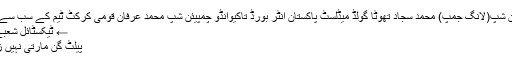
انٹر بورڈ اتھلیٹک چیمپیئن شپ(لانگ جمپ) محمد سجاد تھوٹا گولڈ میڈلسٹ پاکستان انٹر بورڈ تاکیوانڈو چمپیئن شپ محمد عرفان قومی کرکٹ ٹیم کے سب سے طویل القامت کھلاڑی –
← ٹیکسٹائل شعبے میں عدم سرمایہ کاری
پیلٹ گن مارتی نہیں زندہ لاش بنا دیتی ہے →